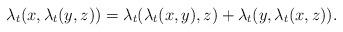
LaTeX: \begin{align*}\lambda_t(x,\lambda_t(y,z))=\lambda_t(\lambda_t(x,y),z)+\lambda_t(y,\lambda_t(x,z)).\end{align*}